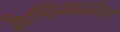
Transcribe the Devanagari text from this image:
कैल्विनकालीन